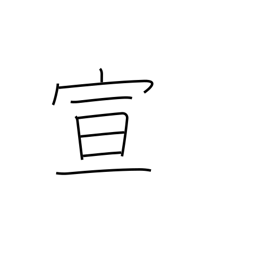
Meaning: announce